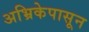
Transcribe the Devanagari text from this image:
अभ्रिकेपासून